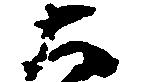
太